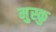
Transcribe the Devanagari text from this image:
मुस्कु